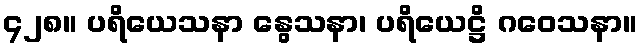
၄၂၈။ ပရိယေသနာ နွေသနာ၊ ပရိယေဋ္ဌိ ဂဝေသနာ။